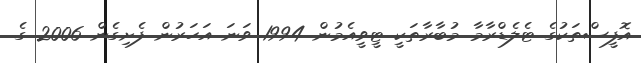
އޮފީސްތަކުގެ ޓެލެޑްރާމާ މުބާރާތަކީ ޓީވީއެމުން 1994 ވަނަ އަހަރުން ފެށިގެން 2006 ގެ